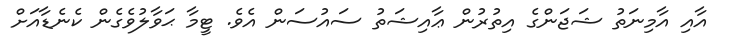
އާއި އާމިނަތު ޝަޖަންގެ އިތުރުން ޢާއިޝަތު ސައުސަން އެވެ. ޓީމާ ޙަވާލުވެގެން ކެނެޑާއަށް